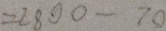
= 2 8 0 0 - 7 0